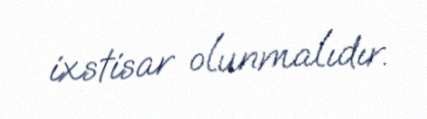
ixstisar olunmalıdır.